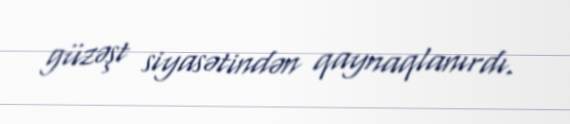
güzəşt siyasətindən qaynaqlanırdı.